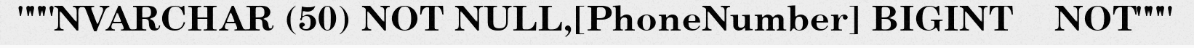
"""NVARCHAR (50) NOT NULL,[PhoneNumber] BIGINT    NOT"""